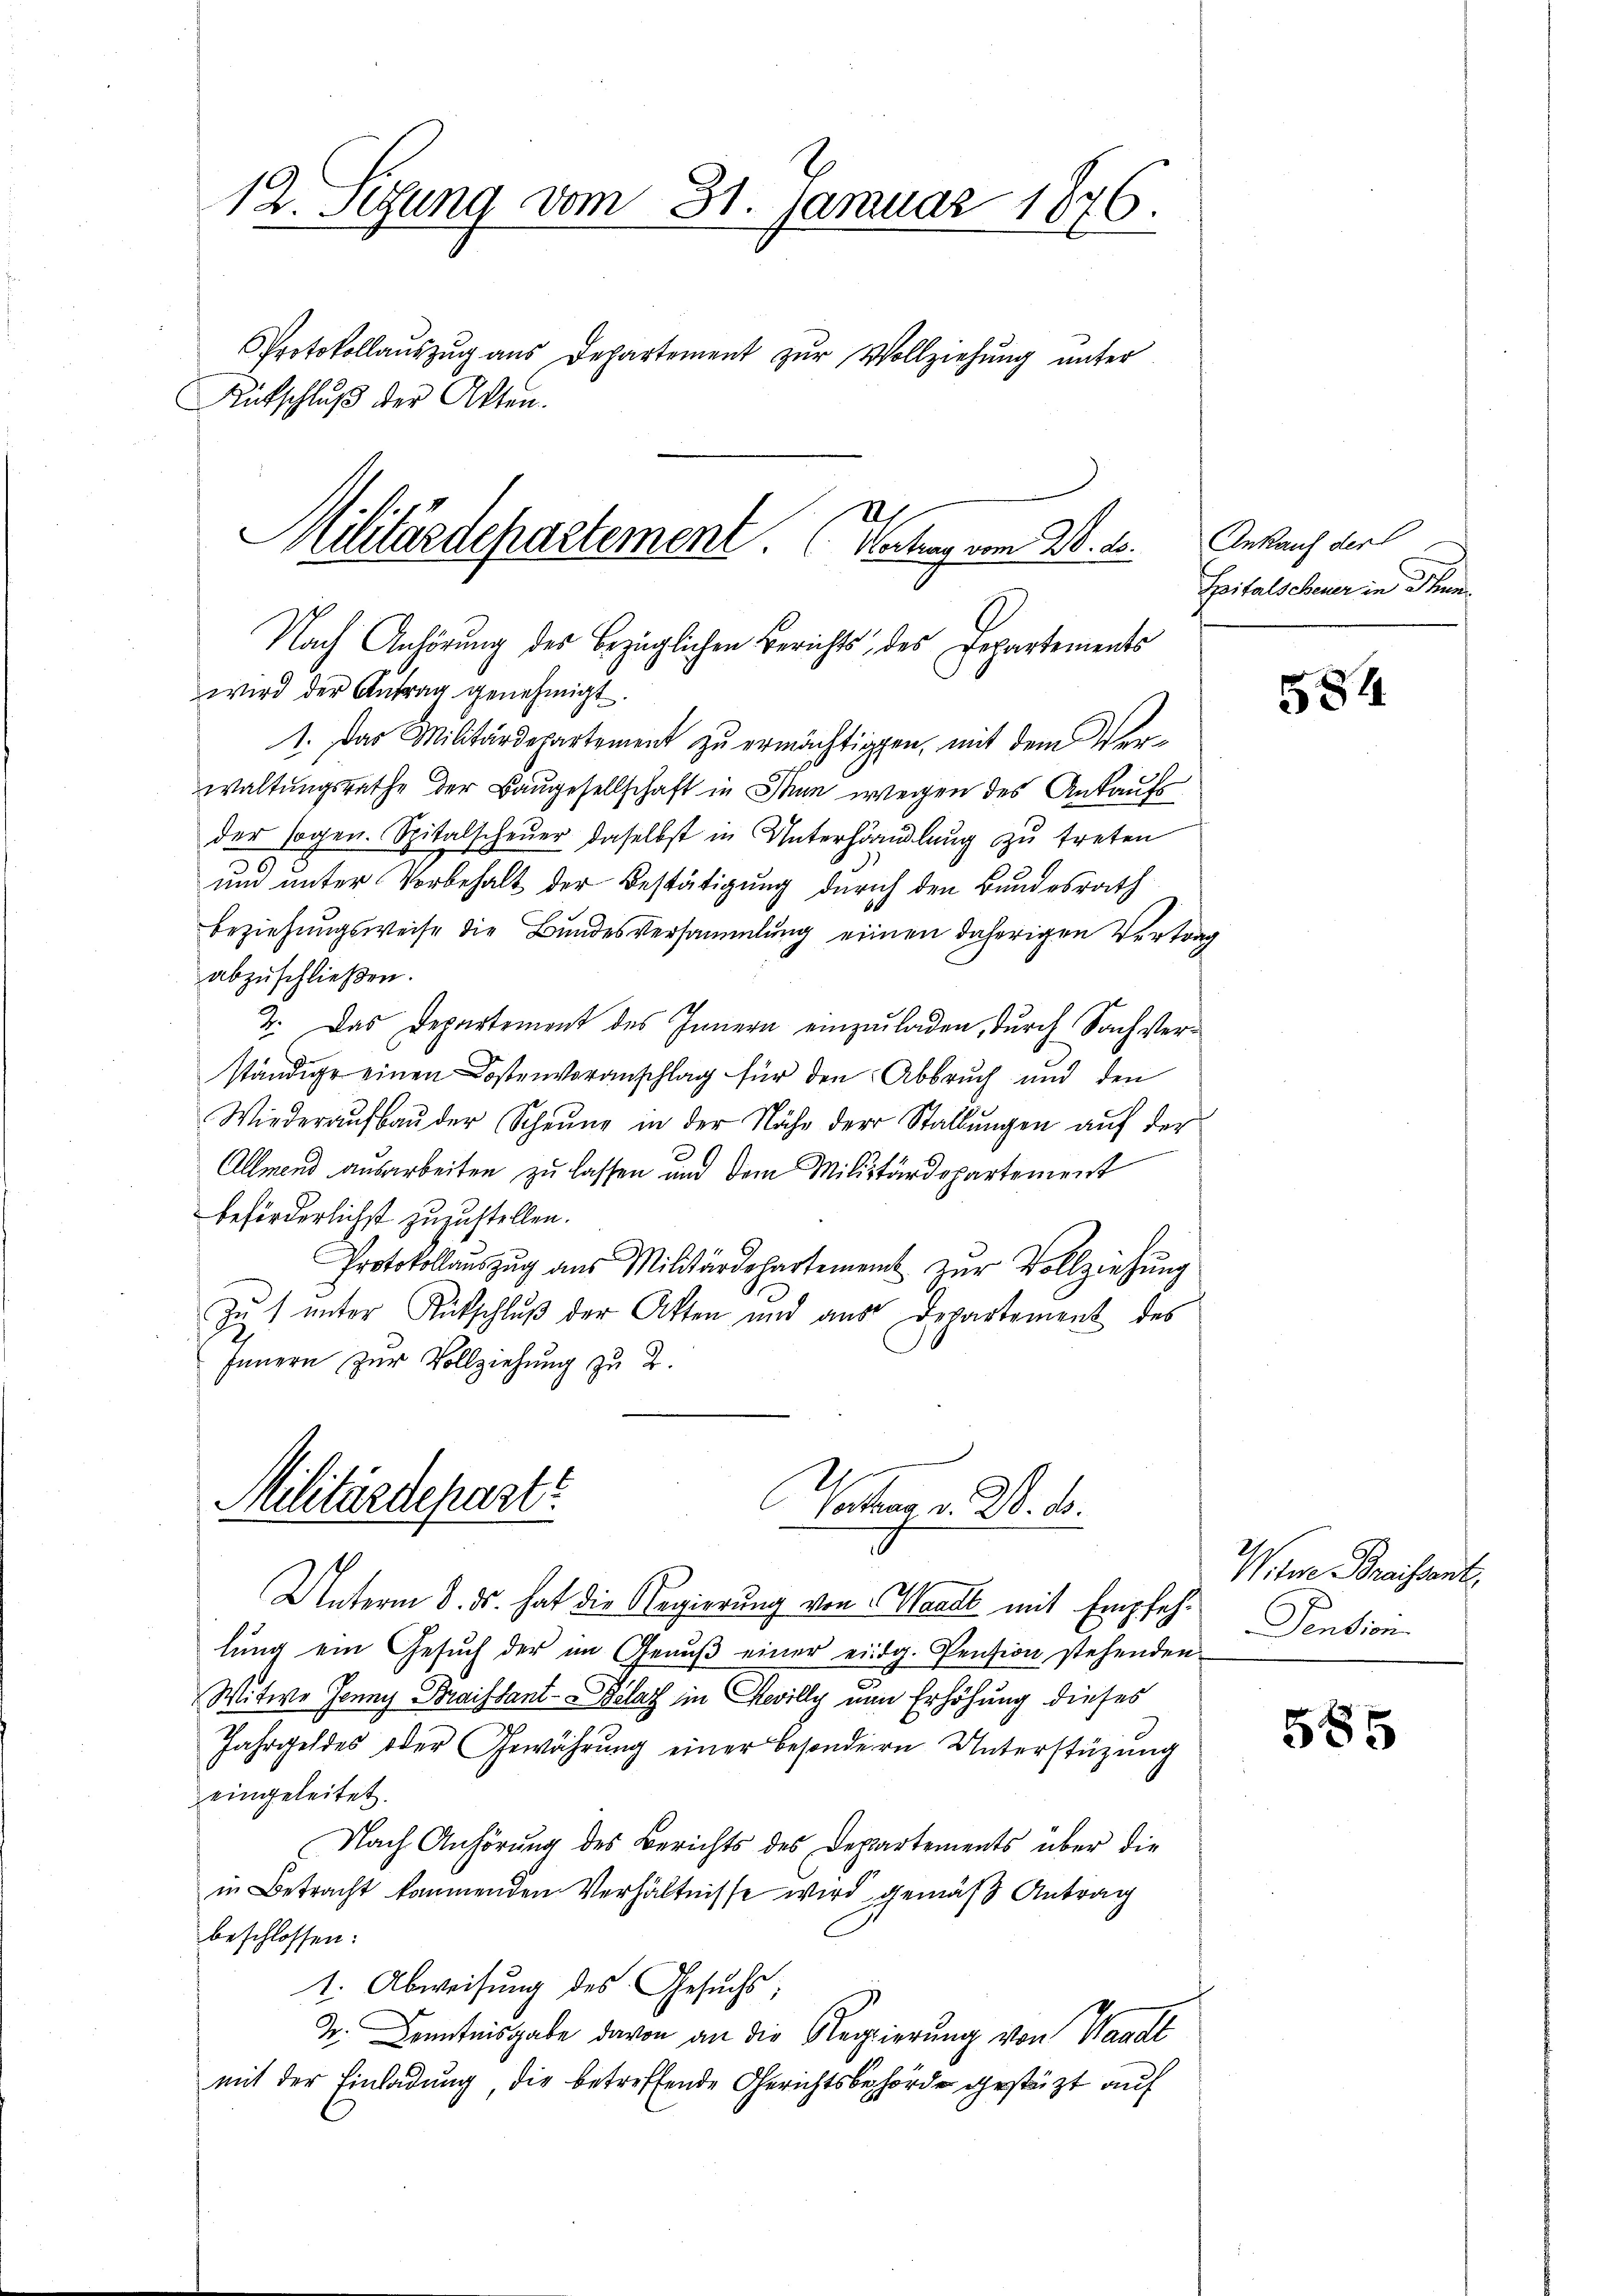
12. Setzung vom 31. Januar 1876.

Uh
Militärdepartement. (Vertrag vom 20. ds.

Rütschlŭβ der Akten.

Protokollaŭszŭg aŭs Departement zŭr Vollziehŭng ŭnter

Nach Anhörung des bezüglichen Berichts des Departements
wird der Antrag genehmigt.
1. Das Militärdepartement zu ermächtigten, mit dem Verwaltungsrathe der Baugesellschaft in Thun wegen des Ankaufs
der sogen. Spitalscheuer daselbst in Unterhandlung zu treten
und unter Vorbehalt der Bestätigung dürich den Bundesrath
Beziehungsweise die Bundesversammlung einen daherigen Vertrag
abzuschließen.
7. Das Departement des Innern einzuladen, durch Sachverständige einen Kostenvoranschlag für den Abbruch und den
Wiederaŭsbaŭ der Scheŭne in der Nähe der Stallŭngen aŭf der
Allmend ausarbeiten zu lassen und dem Militärdepartement
beförderlichst zuzustellen.
Protokollauszug aus Militärdepartement zur Vollziehung
Zu unter Rückschluß der Akten und aus Departement des
Innern zur Vollziehung zu 2.

Militärdepart
Vetten v. W. B.
d

Unterm 8. ds. hat die Regierung von Waadt mit Empfehlŭng ein Gesŭch der im Genŭβ einer eidg. Pension stehenden
Witwe Jenny Braissant-Bolat in Revilly von Erhöhung dieses
Jahrgeldes oder Gewährŭng einer besondern Unterstüzung
eingeleitet.
Nach Anhörung des Berichts des Departements über die
in Betracht kommenden Verhältnisse wird gemäß Antrag
beschlossen:
1. Abweisung des Gesuchs,
4. Kenntnisgabe davon an die Regierung von Waadt
mit der Einladung die betreffende Gerichtsbehörde gestützt auf

Ankauf der
Heitalscheuer in Thun.

584.

Weine Braissant,
Pension.

585